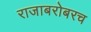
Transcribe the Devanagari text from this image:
राजाबरोबरच